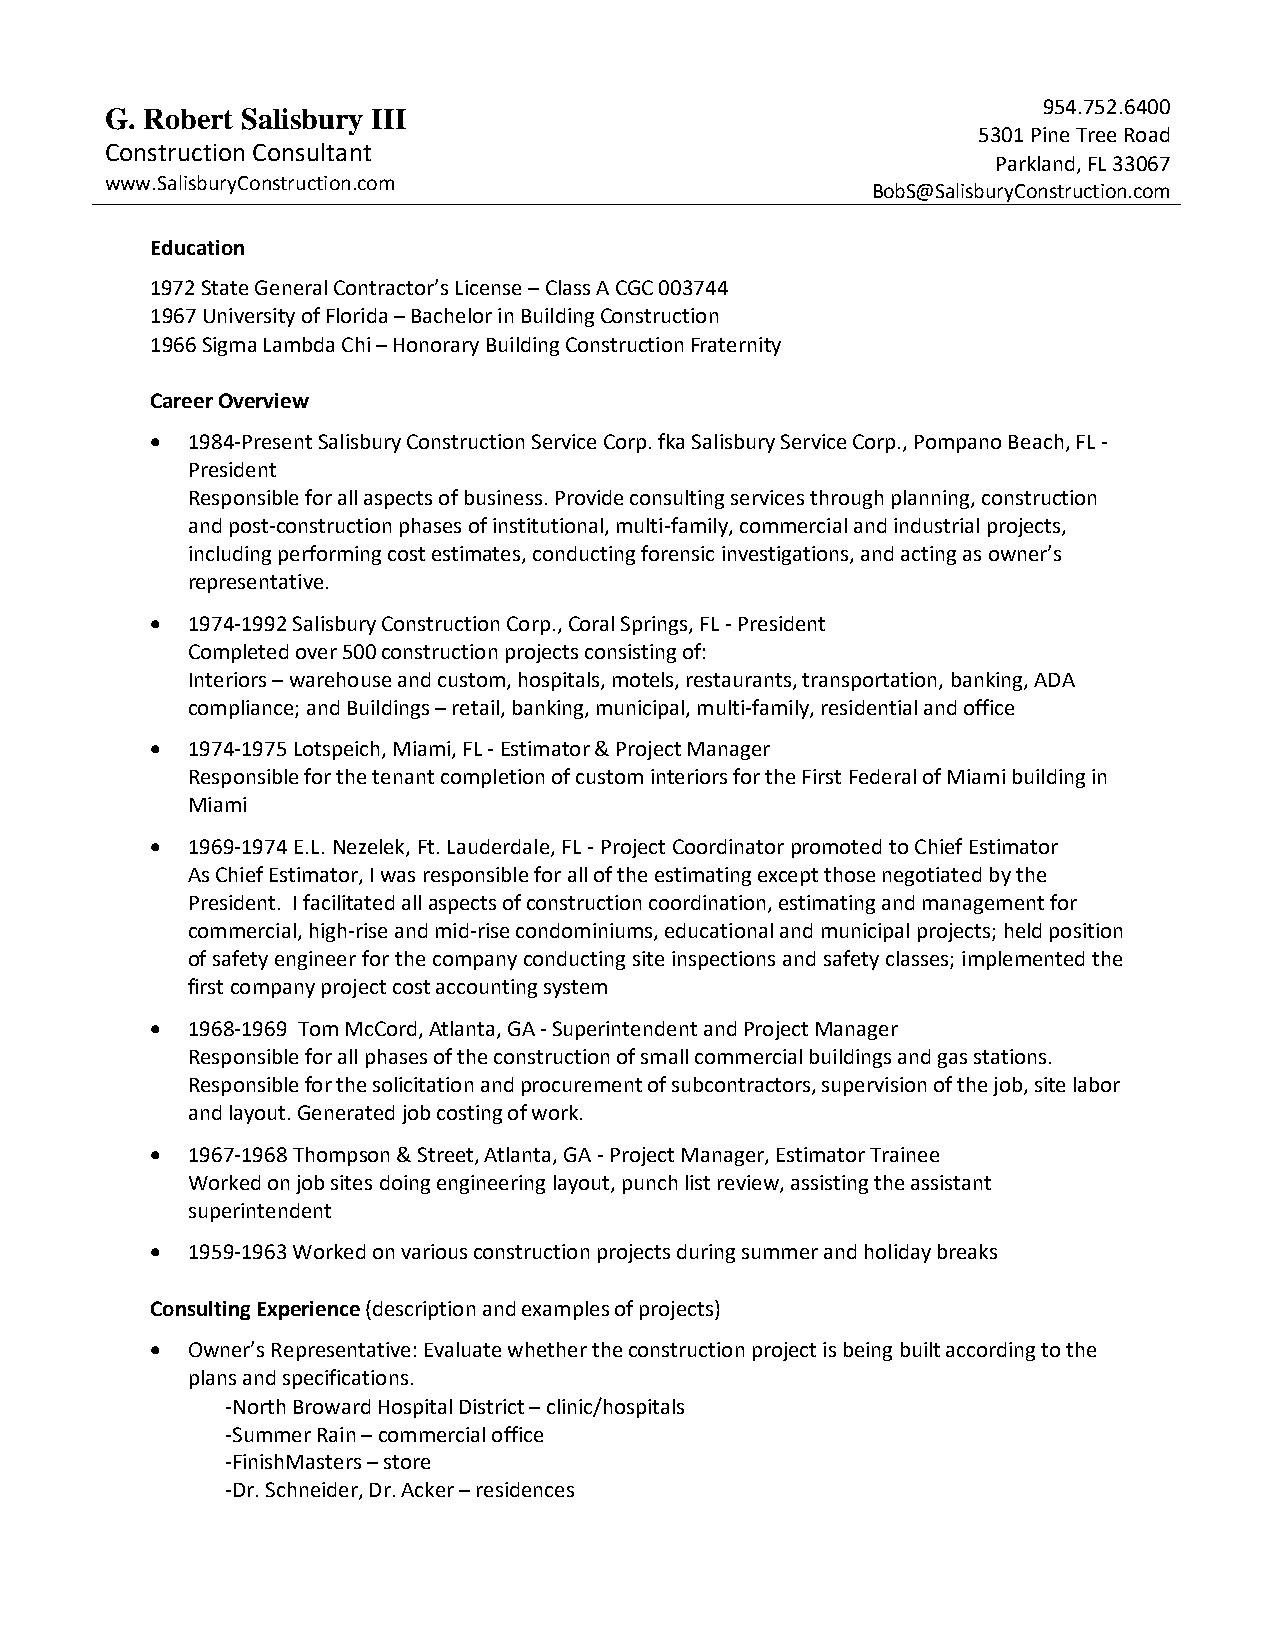
954.752.6400
 G. Robert Salisbury III
 5301 Pine Tree Road
 Construction Consultant
 Parkland, FL 33067
 www.SalisburyConstruction.com
 BobS@SalisburyConstruction.com
 Education
 1972 State General Contractor’s License – Class A CGC 003744
 1967 University of Florida – Bachelor in Building Construction
 1966 Sigma Lambda Chi – Honorary Building Construction Fraternity
 Career Overview
 • 1984-Present Salisbury Construction Service Corp. fka Salisbury Service Corp., Pompano Beach, FL -
 President
 Responsible for all aspects of business. Provide consulting services through planning, construction
 and post-construction phases of institutional, multi-family, commercial and industrial projects,
 including performing cost estimates, conducting forensic investigations, and acting as owner’s
 representative.
 • 1974-1992 Salisbury Construction Corp., Coral Springs, FL - President
 Completed over 500 construction projects consisting of:
 Interiors – warehouse and custom, hospitals, motels, restaurants, transportation, banking, ADA
 compliance; and Buildings – retail, banking, municipal, multi-family, residential and office
 • 1974-1975 Lotspeich, Miami, FL - Estimator & Project Manager
 Responsible for the tenant completion of custom interiors for the First Federal of Miami building in
 Miami
 • 1969-1974 E.L. Nezelek, Ft. Lauderdale, FL - Project Coordinator promoted to Chief Estimator
 As Chief Estimator, I was responsible for all of the estimating except those negotiated by the
 President. I facilitated all aspects of construction coordination, estimating and management for
 commercial, high-rise and mid-rise condominiums, educational and municipal projects; held position
 of safety engineer for the company conducting site inspections and safety classes; implemented the
 first company project cost accounting system
 • 1968-1969 Tom McCord, Atlanta, GA - Superintendent and Project Manager
 Responsible for all phases of the construction of small commercial buildings and gas stations.
 Responsible for the solicitation and procurement of subcontractors, supervision of the job, site labor
 and layout. Generated job costing of work.
 • 1967-1968 Thompson & Street, Atlanta, GA - Project Manager, Estimator Trainee
 Worked on job sites doing engineering layout, punch list review, assisting the assistant
 superintendent
 • 1959-1963 Worked on various construction projects during summer and holiday breaks
 Consulting Experience (description and examples of projects)
 • Owner’s Representative: Evaluate whether the construction project is being built according to the
 plans and specifications.
 -North Broward Hospital District – clinic/hospitals
 -Summer Rain – commercial office
 -FinishMasters – store
 -Dr. Schneider, Dr. Acker – residences